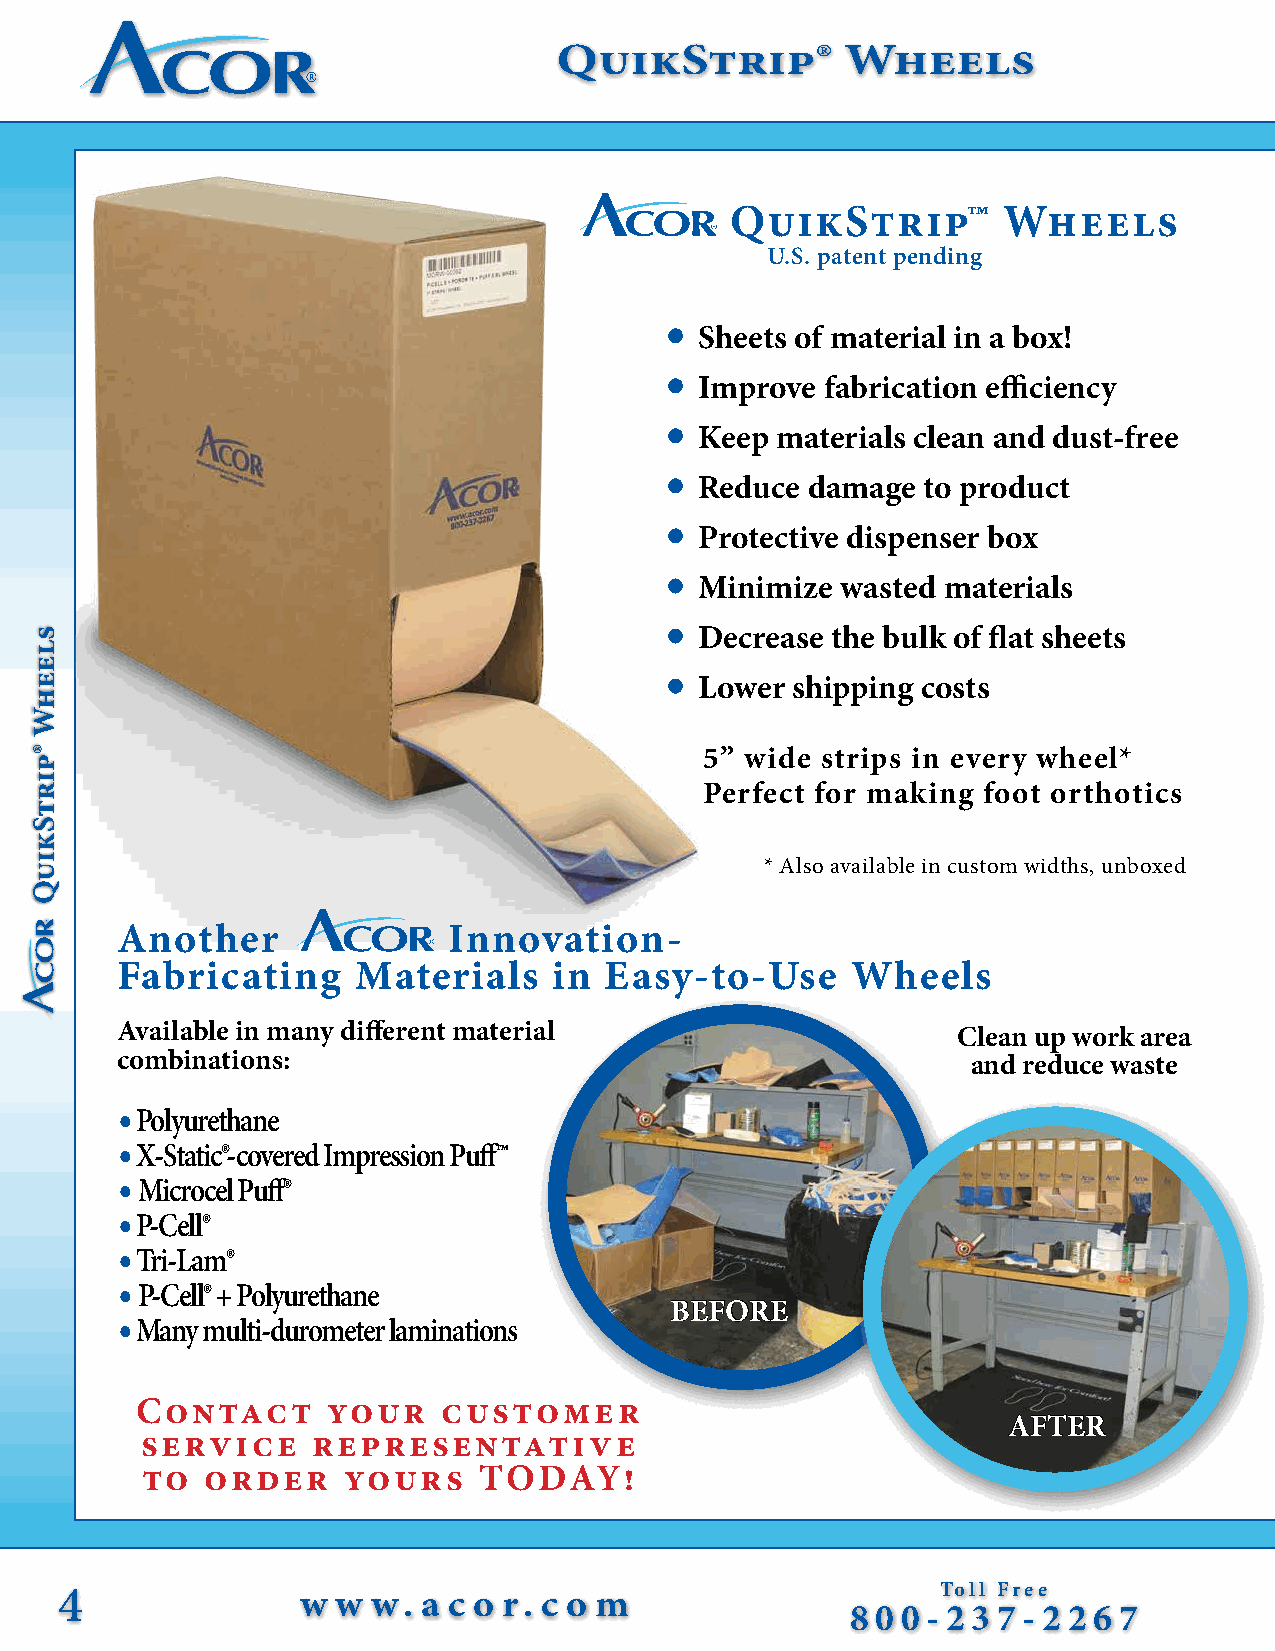
QuikStrip®         Wheels
 QuikStrip™        Wheels
 U.S. patent pending
 •
 Sheets of material in a box!
 •
 Improve  fabrication efficiency
 •
 Keep materials clean and dust-free
 •
 Reduce damage  to product
 •
 Protective dispenser box
 •
 Minimize  wasted materials
 •
 Decrease the bulk of flat sheets
 •
 Lower shipping costs
 5” wide strips in every wheel*
 Perfect for making foot orthotics
 * Also available in custom widths, unboxed
 Another               Innovation-
 Fabricating     Materials    in Easy-to-Use     Wheels
 Available in many different material                   Clean up work area
 combinations:                                           and reduce waste
 • Polyurethane
 • X-Static®-covered Impression Puff™
 • Microcel Puff®
 • P-Cell®
 • Tri-Lam®
 • P-Cell® + Polyurethane
 BEFORE
 • Many multi-durometer laminations
 Contact      your   customer
 AFTER
 service     representative
 to   order    yours    TODAY!
 4               w w  w. a c o r. c o m                    Toll Free
 8 0 0 - 2 3 7 - 2 2 6 7
 sleehW
 ®pirtSkiuQ